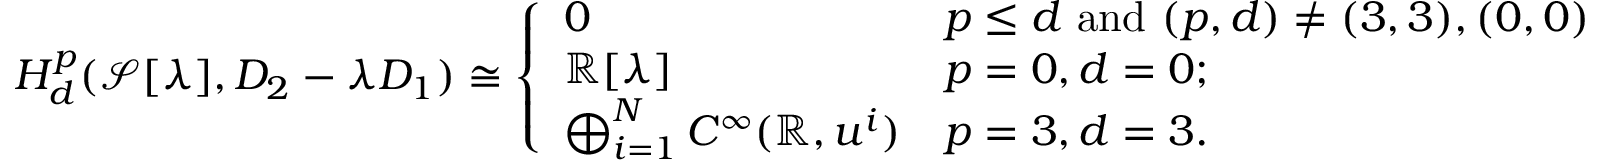
\begin{array} { r } { H _ { d } ^ { p } ( \mathcal { S } [ \lambda ] , D _ { 2 } - \lambda D _ { 1 } ) \cong \left\{ \begin{array} { l l } { 0 } & { p \leq d \mathrm { ~ a n d ~ } ( p , d ) \not = ( 3 , 3 ) , ( 0 , 0 ) } \\ { \mathbb { R } [ \lambda ] } & { p = 0 , d = 0 ; } \\ { \bigoplus _ { i = 1 } ^ { N } C ^ { \infty } ( \mathbb { R } , u ^ { i } ) } & { p = 3 , d = 3 . } \end{array} \right. } \end{array}